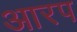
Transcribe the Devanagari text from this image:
आरप